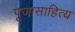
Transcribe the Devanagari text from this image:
पूजासाहित्य